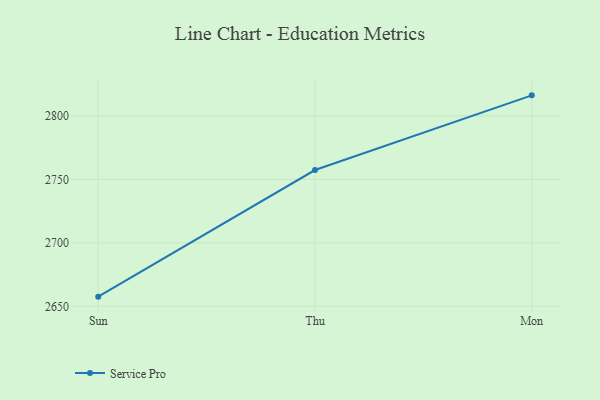
{"axis": {"x": "Day", "y": "Budget (USD K)"}, "legend": ["Service Pro"], "data": [{"x": "Sun", "y": 2657.6, "type": "Service Pro"}, {"x": "Thu", "y": 2757.3, "type": "Service Pro"}, {"x": "Mon", "y": 2816.1, "type": "Service Pro"}]}